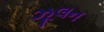
ઝૂલન